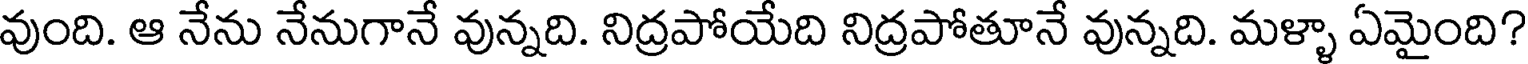
వుంది. ఆ నేను నేనుగానే వున్నది. నిద్రపోయేది నిద్రపోతూనే వున్నది. మళ్ళా ఏమైంది?